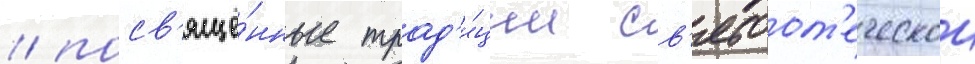
/ посв'ящё́нные трад'и́ции св'ятоот'еческои